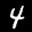
Label: 4